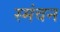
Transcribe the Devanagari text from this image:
स्मंवन